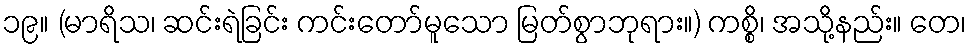
၁၉။ (မာရိသ၊ ဆင်းရဲခြင်း ကင်းတော်မူသော မြတ်စွာဘုရား။) ကစ္စိ၊ အသို့နည်း။ တေ၊